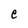
Character: e